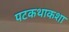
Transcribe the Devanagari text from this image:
पटकथाकशा